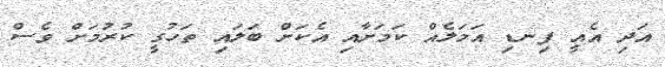
އަދި އެއީ ފިނޑި އަމަލެއް ކަމަށާއި އެކަށް ބަލައި ތަހުގީ ކުރުމަށް ވެސް